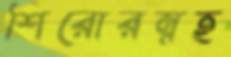
শিরোরম্নহ